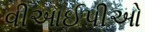
વીઆઈપીઓ